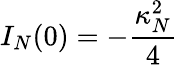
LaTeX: I_{N}(0)=-{\frac{\kappa_{N}^{2}}{4}}